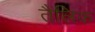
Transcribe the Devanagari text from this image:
तैलिक